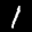
Label: 1